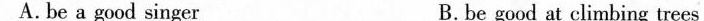
A.be a good singer B.be good at climbing trees